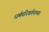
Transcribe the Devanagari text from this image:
धर्मपरिवर्तनाच्या